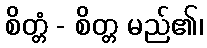
စိတ္တံ - စိတ္တ မည်၏၊